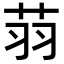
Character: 𦭳